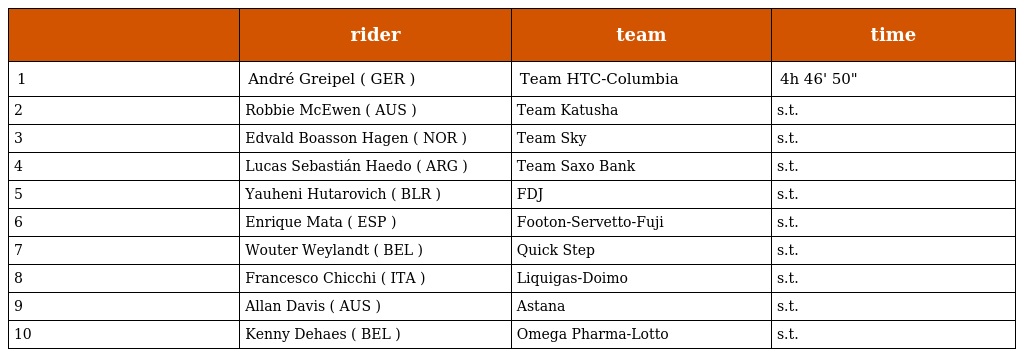
|  | rider | team | time |
 | --- | --- | --- | --- |
 | 1 | André Greipel ( GER ) | Team HTC-Columbia | 4h 46' 50" |
 | 2 | Robbie McEwen ( AUS ) | Team Katusha | s.t. |
 | 3 | Edvald Boasson Hagen ( NOR ) | Team Sky | s.t. |
 | 4 | Lucas Sebastián Haedo ( ARG ) | Team Saxo Bank | s.t. |
 | 5 | Yauheni Hutarovich ( BLR ) | FDJ | s.t. |
 | 6 | Enrique Mata ( ESP ) | Footon-Servetto-Fuji | s.t. |
 | 7 | Wouter Weylandt ( BEL ) | Quick Step | s.t. |
 | 8 | Francesco Chicchi ( ITA ) | Liquigas-Doimo | s.t. |
 | 9 | Allan Davis ( AUS ) | Astana | s.t. |
 | 10 | Kenny Dehaes ( BEL ) | Omega Pharma-Lotto | s.t. |